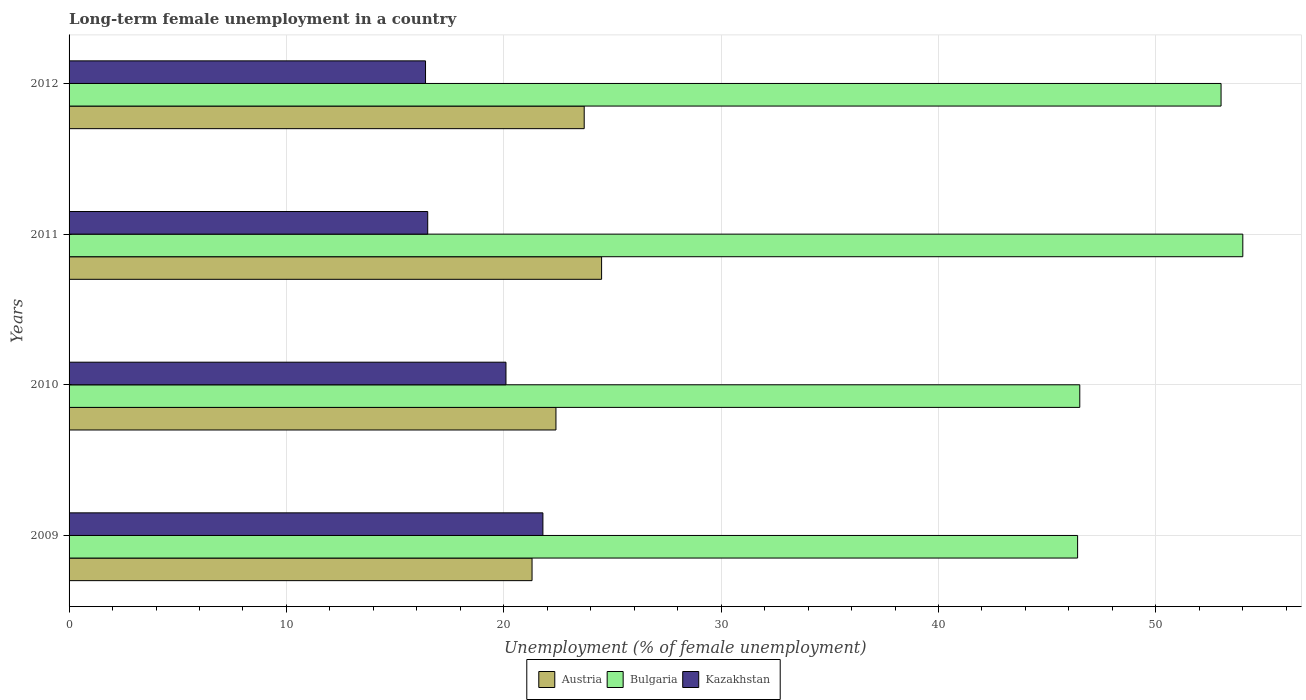
| Years | Austria | Bulgaria | Kazakhstan |
 | --- | --- | --- | --- |
 | 2009 | 21.3 | 46.4 | 21.8 |
 | 2010 | 22.4 | 46.5 | 20.1 |
 | 2011 | 24.5 | 54 | 16.5 |
 | 2012 | 23.7 | 53 | 16.4 |